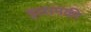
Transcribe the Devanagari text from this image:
इलामकी